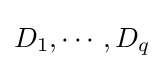
D_{1},\cdots ,D_{q}